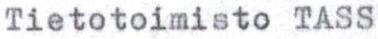
Tietotoimisto TASS